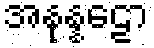
အနုန္နဠော